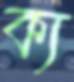
ক্য